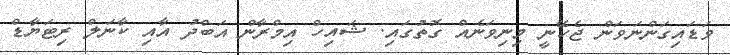
ވަޑައިގަންނަވަން ޖެހޭނީ މިނިވަނެއް ގޮތުގައި. ޝައިހް އިމްރާން އަބްދު އާއި ކާނަލް ރިޓަޔާޑް